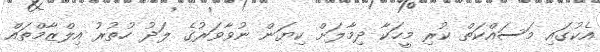
އެކުގައި މަސައްކަތް ކުރި މީހަކާ ދިމާލަށް ކިޔަން ނުވާވަރުގެ ލަދު ހުތުރު އިލްޒާމްތައް